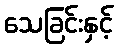
သေခြင်းနှင့်